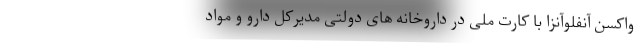
واکسن آنفلوآنزا با کارت ملی در داروخانه های دولتی مدیرکل دارو و مواد